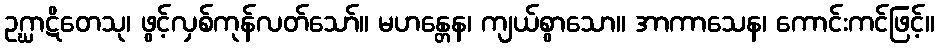
ဥဂ္ဃာဋိတေသု၊ ဖွင့်လှစ်ကုန်လတ်သော်။ မဟန္တေန၊ ကျယ်စွာသော။ အာကာသေန၊ ကောင်းကင်ဖြင့်။